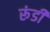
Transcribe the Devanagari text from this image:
रूंडी